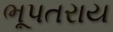
ભૂપતરાય